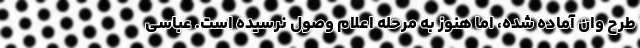
طرح وان آماده شده، اما هنوز به مرحله اعلام وصول نرسیده است. عباسی